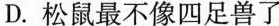
D.松鼠最不像四足兽了